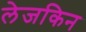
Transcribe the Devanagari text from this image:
लेजकिन